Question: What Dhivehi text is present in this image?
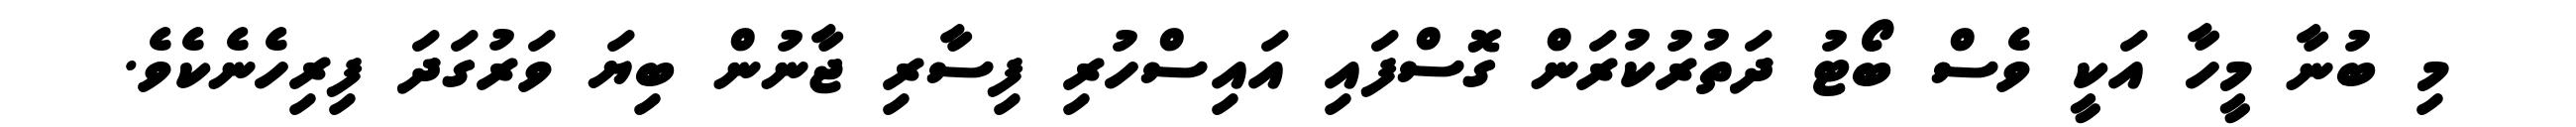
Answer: މި ބުނާ މީހާ އަކީ ވެސް ބޯޓު ދަތުރުކުރަން ގޮސްފައި އައިސްހުރި ފިސާރި ޖާނުން ބިޔަ ވަރުގަދަ ފިރިހެނެކެވެ.